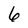
Character: 6